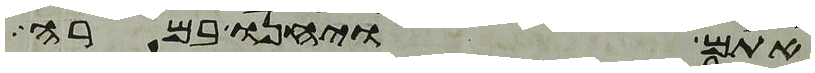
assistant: אתם ויחנו במרה